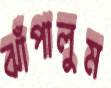
ঝাঁপালুম